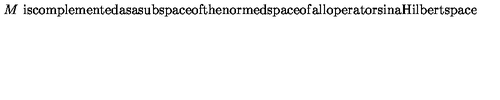
\begin{matrix} { } & { M \ \mathrm { i s c o m p l e m e n t e d a s a s u b s p a c e o f t h e n o r m e d s p a c e o f } } \\ { } & { \mathrm { a l l o p e r a t o r s i n a H i l b e r t s p a c e . } \hfill } \\ \end{matrix}